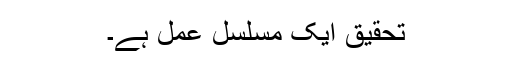
تحقیق ایک مسلسل عمل ہے۔